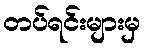
တပ်ရင်းများမှ